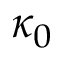
\kappa _ { 0 }